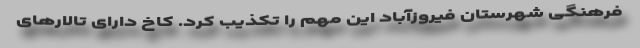
فرهنگی شهرستان فیروزآباد این مهم را تکذیب کرد. کاخ دارای تالارهای